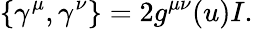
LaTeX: \{ \gamma^{\mu},\gamma^{\nu}\} =2g^{\mu\nu}(u)I.